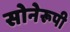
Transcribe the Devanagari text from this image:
सोनेरूपी